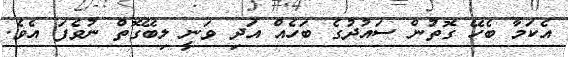
އެކަމާ ބެހޭ ގޮތުން ސައުދުގެ ބަހެއް އަދި ވަނީ ލިބޭގޮތް ނުވެފަ އެވެ.